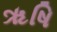
ૠષિ